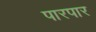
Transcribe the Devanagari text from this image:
पारपार